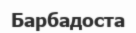
Барбадоста